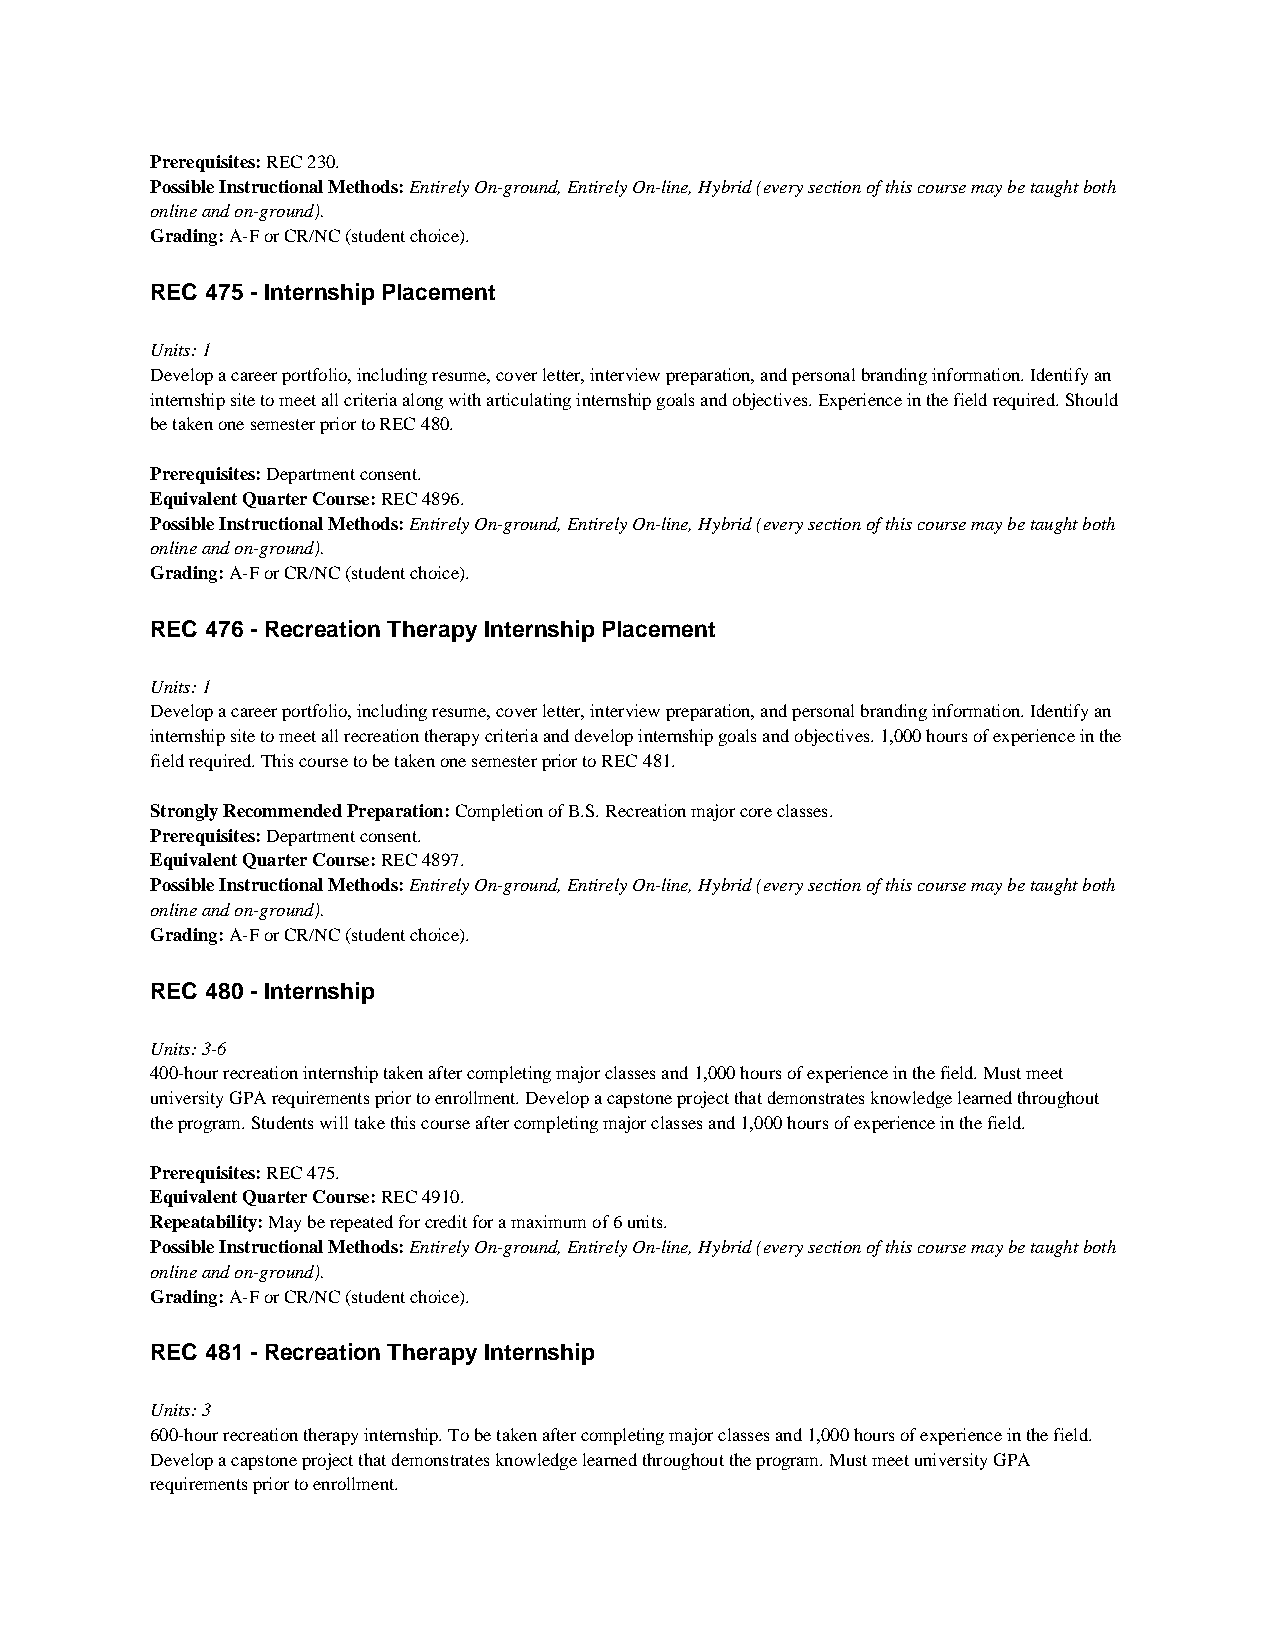
Prerequisites: REC 230.
 Possible Instructional Methods: Entirely On-ground, Entirely On-line, Hybrid (every section of this course may be taught both
 online and on-ground).
 Grading: A-F or CR/NC (student choice).
 REC 475 - Internship Placement
 Units: 1
 Develop a career portfolio, including resume, cover letter, interview preparation, and personal branding information. Identify an
 internship site to meet all criteria along with articulating internship goals and objectives. Experience in the field required. Should
 be taken one semester prior to REC 480.
 Prerequisites: Department consent.
 Equivalent Quarter Course: REC 4896.
 Possible Instructional Methods: Entirely On-ground, Entirely On-line, Hybrid (every section of this course may be taught both
 online and on-ground).
 Grading: A-F or CR/NC (student choice).
 REC 476 - Recreation Therapy Internship Placement
 Units: 1
 Develop a career portfolio, including resume, cover letter, interview preparation, and personal branding information. Identify an
 internship site to meet all recreation therapy criteria and develop internship goals and objectives. 1,000 hours of experience in the
 field required. This course to be taken one semester prior to REC 481.
 Strongly Recommended Preparation: Completion of B.S. Recreation major core classes.
 Prerequisites: Department consent.
 Equivalent Quarter Course: REC 4897.
 Possible Instructional Methods: Entirely On-ground, Entirely On-line, Hybrid (every section of this course may be taught both
 online and on-ground).
 Grading: A-F or CR/NC (student choice).
 REC 480 - Internship
 Units: 3-6
 400-hour recreation internship taken after completing major classes and 1,000 hours of experience in the field. Must meet
 university GPA requirements prior to enrollment. Develop a capstone project that demonstrates knowledge learned throughout
 the program. Students will take this course after completing major classes and 1,000 hours of experience in the field.
 Prerequisites: REC 475.
 Equivalent Quarter Course: REC 4910.
 Repeatability: May be repeated for credit for a maximum of 6 units.
 Possible Instructional Methods: Entirely On-ground, Entirely On-line, Hybrid (every section of this course may be taught both
 online and on-ground).
 Grading: A-F or CR/NC (student choice).
 REC 481 - Recreation Therapy Internship
 Units: 3
 600-hour recreation therapy internship. To be taken after completing major classes and 1,000 hours of experience in the field.
 Develop a capstone project that demonstrates knowledge learned throughout the program. Must meet university GPA
 requirements prior to enrollment.